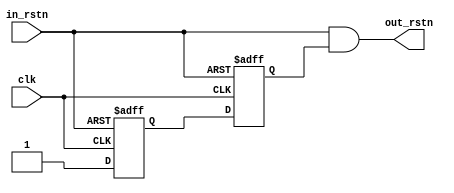
/*
 Licensed under the Apache License, Version 2.0 (the "License");         
 you may not use this file except in compliance with the License.        
 You may obtain a copy of the License at                                 
                                                                         
     http://www.apache.org/licenses/LICENSE-2.0                          
                                                                         
  Unless required by applicable law or agreed to in writing, software    
 distributed under the License is distributed on an "AS IS" BASIS,       
 WITHOUT WARRANTIES OR CONDITIONS OF ANY KIND, either express or implied.
 See the License for the specific language governing permissions and     
 limitations under the License.      
*/

//==============================================================||
// Description: 						||
//	      		reset sync			       	|| 
// History:   							||
//                      2017/9/26 				||
//                      First version				||
//===============================================================


module rst_sync (
input wire clk,
input wire in_rstn,
output wire out_rstn
);

reg rstn_d1;
reg rstn_d2;

always @ (posedge clk or negedge in_rstn)
begin
	if(!in_rstn)
	begin
		rstn_d1 <= 1'b0;
		rstn_d2 <= 1'b0;
	end
	else
	begin
		rstn_d1 <= 1'b1;
		rstn_d2 <= rstn_d1;
	end
end
assign out_rstn = in_rstn && rstn_d2;


endmodule